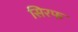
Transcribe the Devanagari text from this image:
सिरफ